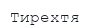
Тирехтя